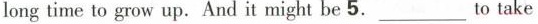
long time to grow up.And it might be 5.\underline To take